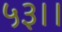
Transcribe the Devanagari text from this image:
५३।।